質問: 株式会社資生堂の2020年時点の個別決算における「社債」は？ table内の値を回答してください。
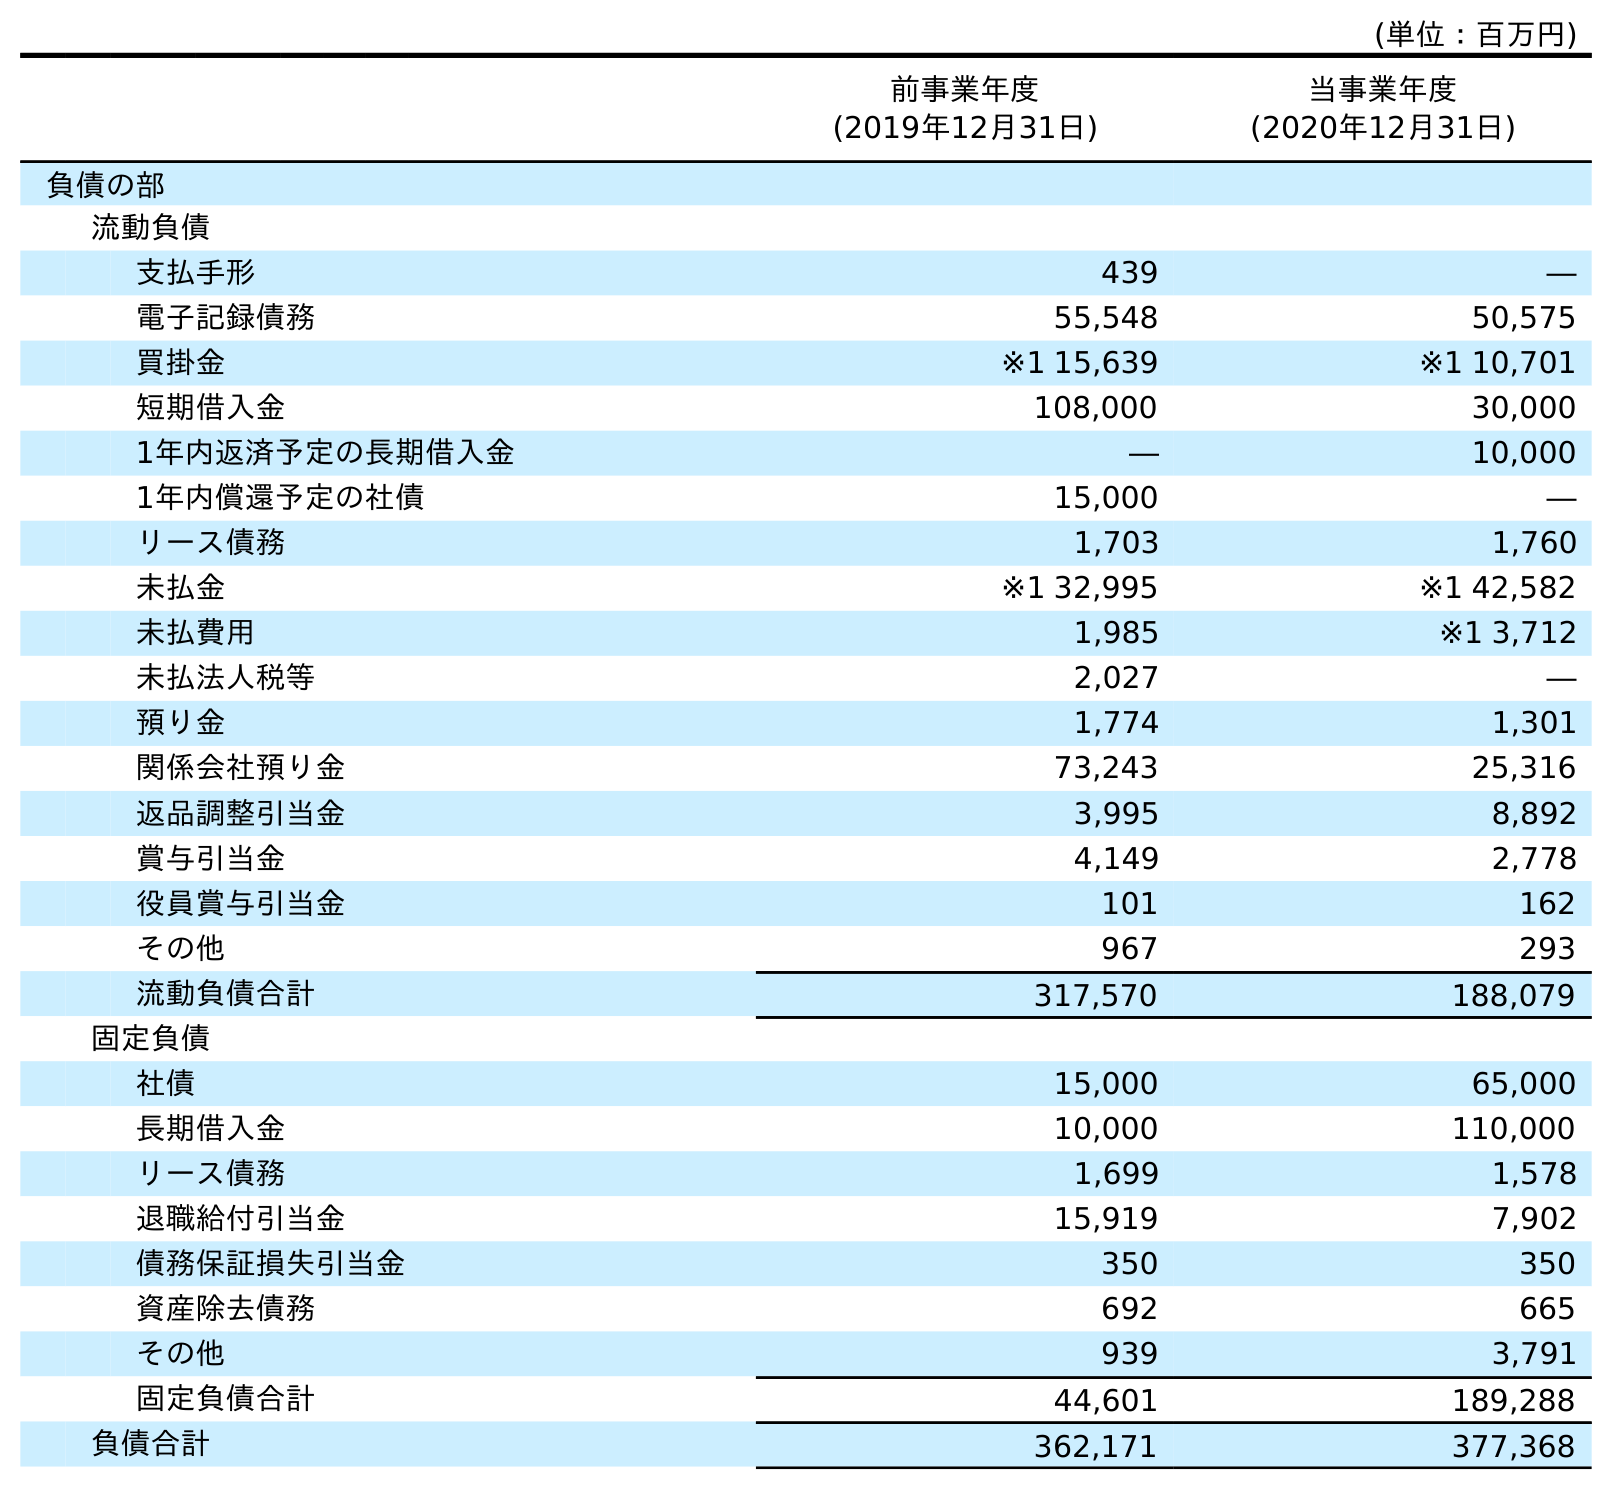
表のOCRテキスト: (単位：百万円) 前事業年度 (2019年12月31日) 当事業年度 (2020年12月31日) 負債の部 流動負債 支払手形 439 ― 電子記録債務 55,548 50,575 買掛金 ※1 15,639 ※1 10,701 短期借入金 108,000 30,000 1年内返済予定の長期借入金 ― 10,000 1年内償還予定の社債 15,000 ― リース債務 1,703 1,760 未払金 ※1 32,995 ※1 42,582 未払費用 1,985 ※1 3,712 未払法人税等 2,027 ― 預り金 1,774 1,301 関係会社預り金 73,243 25,316 返品調整引当金 3,995 8,892 賞与引当金 4,149 2,778 役員賞与引当金 101 162 その他 967 293 流動負債合計 317,570 188,079 固定負債 社債 15,000 65,000 長期借入金 10,000 110,000 リース債務 1,699 1,578 退職給付引当金 15,919 7,902 債務保証損失引当金 350 350 資産除去債務 692 665 その他 939 3,791 固定負債合計 44,601 189,288 負債合計 362,171 377,368
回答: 65,000